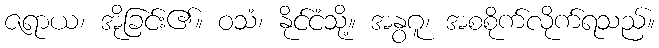
ဇရာယ၊ အိုခြင်း၏။ ဝသံ၊ နိုင်ငံသို့။ အနွဂူ၊ အစစိုက်လိုက်ရသည်။